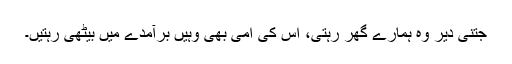
جتنی دیر وہ ہمارے گھر رہتی، اس کی امی بھی وہیں برآمدے میں بیٹھی رہتیں۔